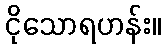
ငိုသောရဟန်း။